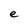
Character: e